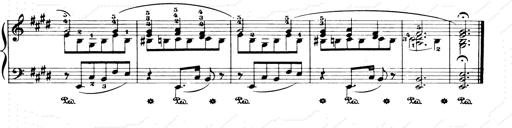
Title: Consolations and LiebestrÃ¤ume for the Piano
Composer: Franz Liszt